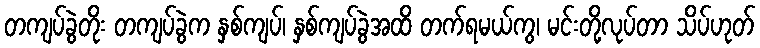
တကျပ်ခွဲတိုး တကျပ်ခွဲက နှစ်ကျပ်၊ နှစ်ကျပ်ခွဲအထိ တက်ရမယ်ကွ၊ မင်းတို့လုပ်တာ သိပ်ဟုတ်